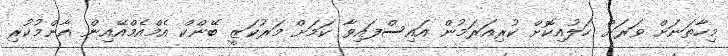
މިހާތަނަށް ވަރަށް ހަލުއިކޮށް ކުރިއަރަމުން އައިސްފައިވާ ކަމަށް މަރުކަޒީ ބޭންކް އެމްއެމްއޭއިން އާންމުކުރި